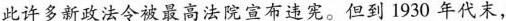
此许多新政法令被最高法院宣布违宪。但到1930年代末，